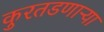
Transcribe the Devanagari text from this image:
कुरतडणाऱ्या